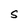
Character: S